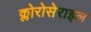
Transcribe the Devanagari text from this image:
क्लोरोसेराइल